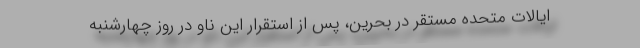
ایالات متحده مستقر در بحرین، پس از استقرار این ناو در روز چهارشنبه